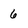
Character: 6